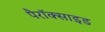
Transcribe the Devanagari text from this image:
पैरॉक्साइड